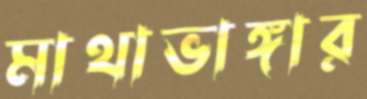
মাথাভাঙ্গার